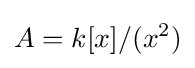
A=k[x]/(x^{2})